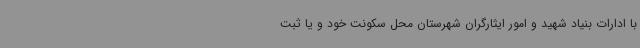
با ادارات بنیاد شهید و امور ایثارگران شهرستان محل سکونت خود و یا ثبت